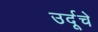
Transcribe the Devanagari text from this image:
उर्दूचे